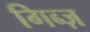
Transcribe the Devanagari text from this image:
गिब्ज़